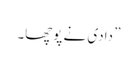
” دادی نے پوچھا۔